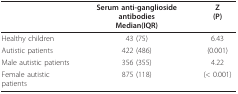
|  | Serum anti-ganglioside antibodiesMedian(IQR) | Z(P) |
 | --- | --- | --- |
 | Healthy children | 43 (75) | 6.43 |
 | Autistic patients | 422 (486) | (0.001) |
 | Male autistic patients | 356 (355) | 4.22 |
 | Female autistic patients | 875 (118) | (< 0.001) |